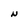
Character: N